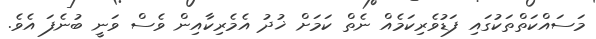
މަސައްކަތްތަކުގައި ފަޑުވެރިކަމެއް ނެތް ކަމަށް ޚުދު އެމެރިކާއިން ވެސް ވަނީ ބުނެފަ އެވެ.